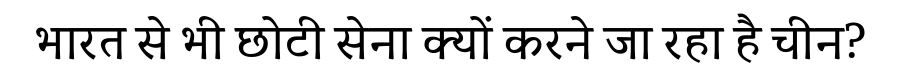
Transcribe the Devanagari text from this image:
भारत से भी छोटी सेना क्यों करने जा रहा है चीन?